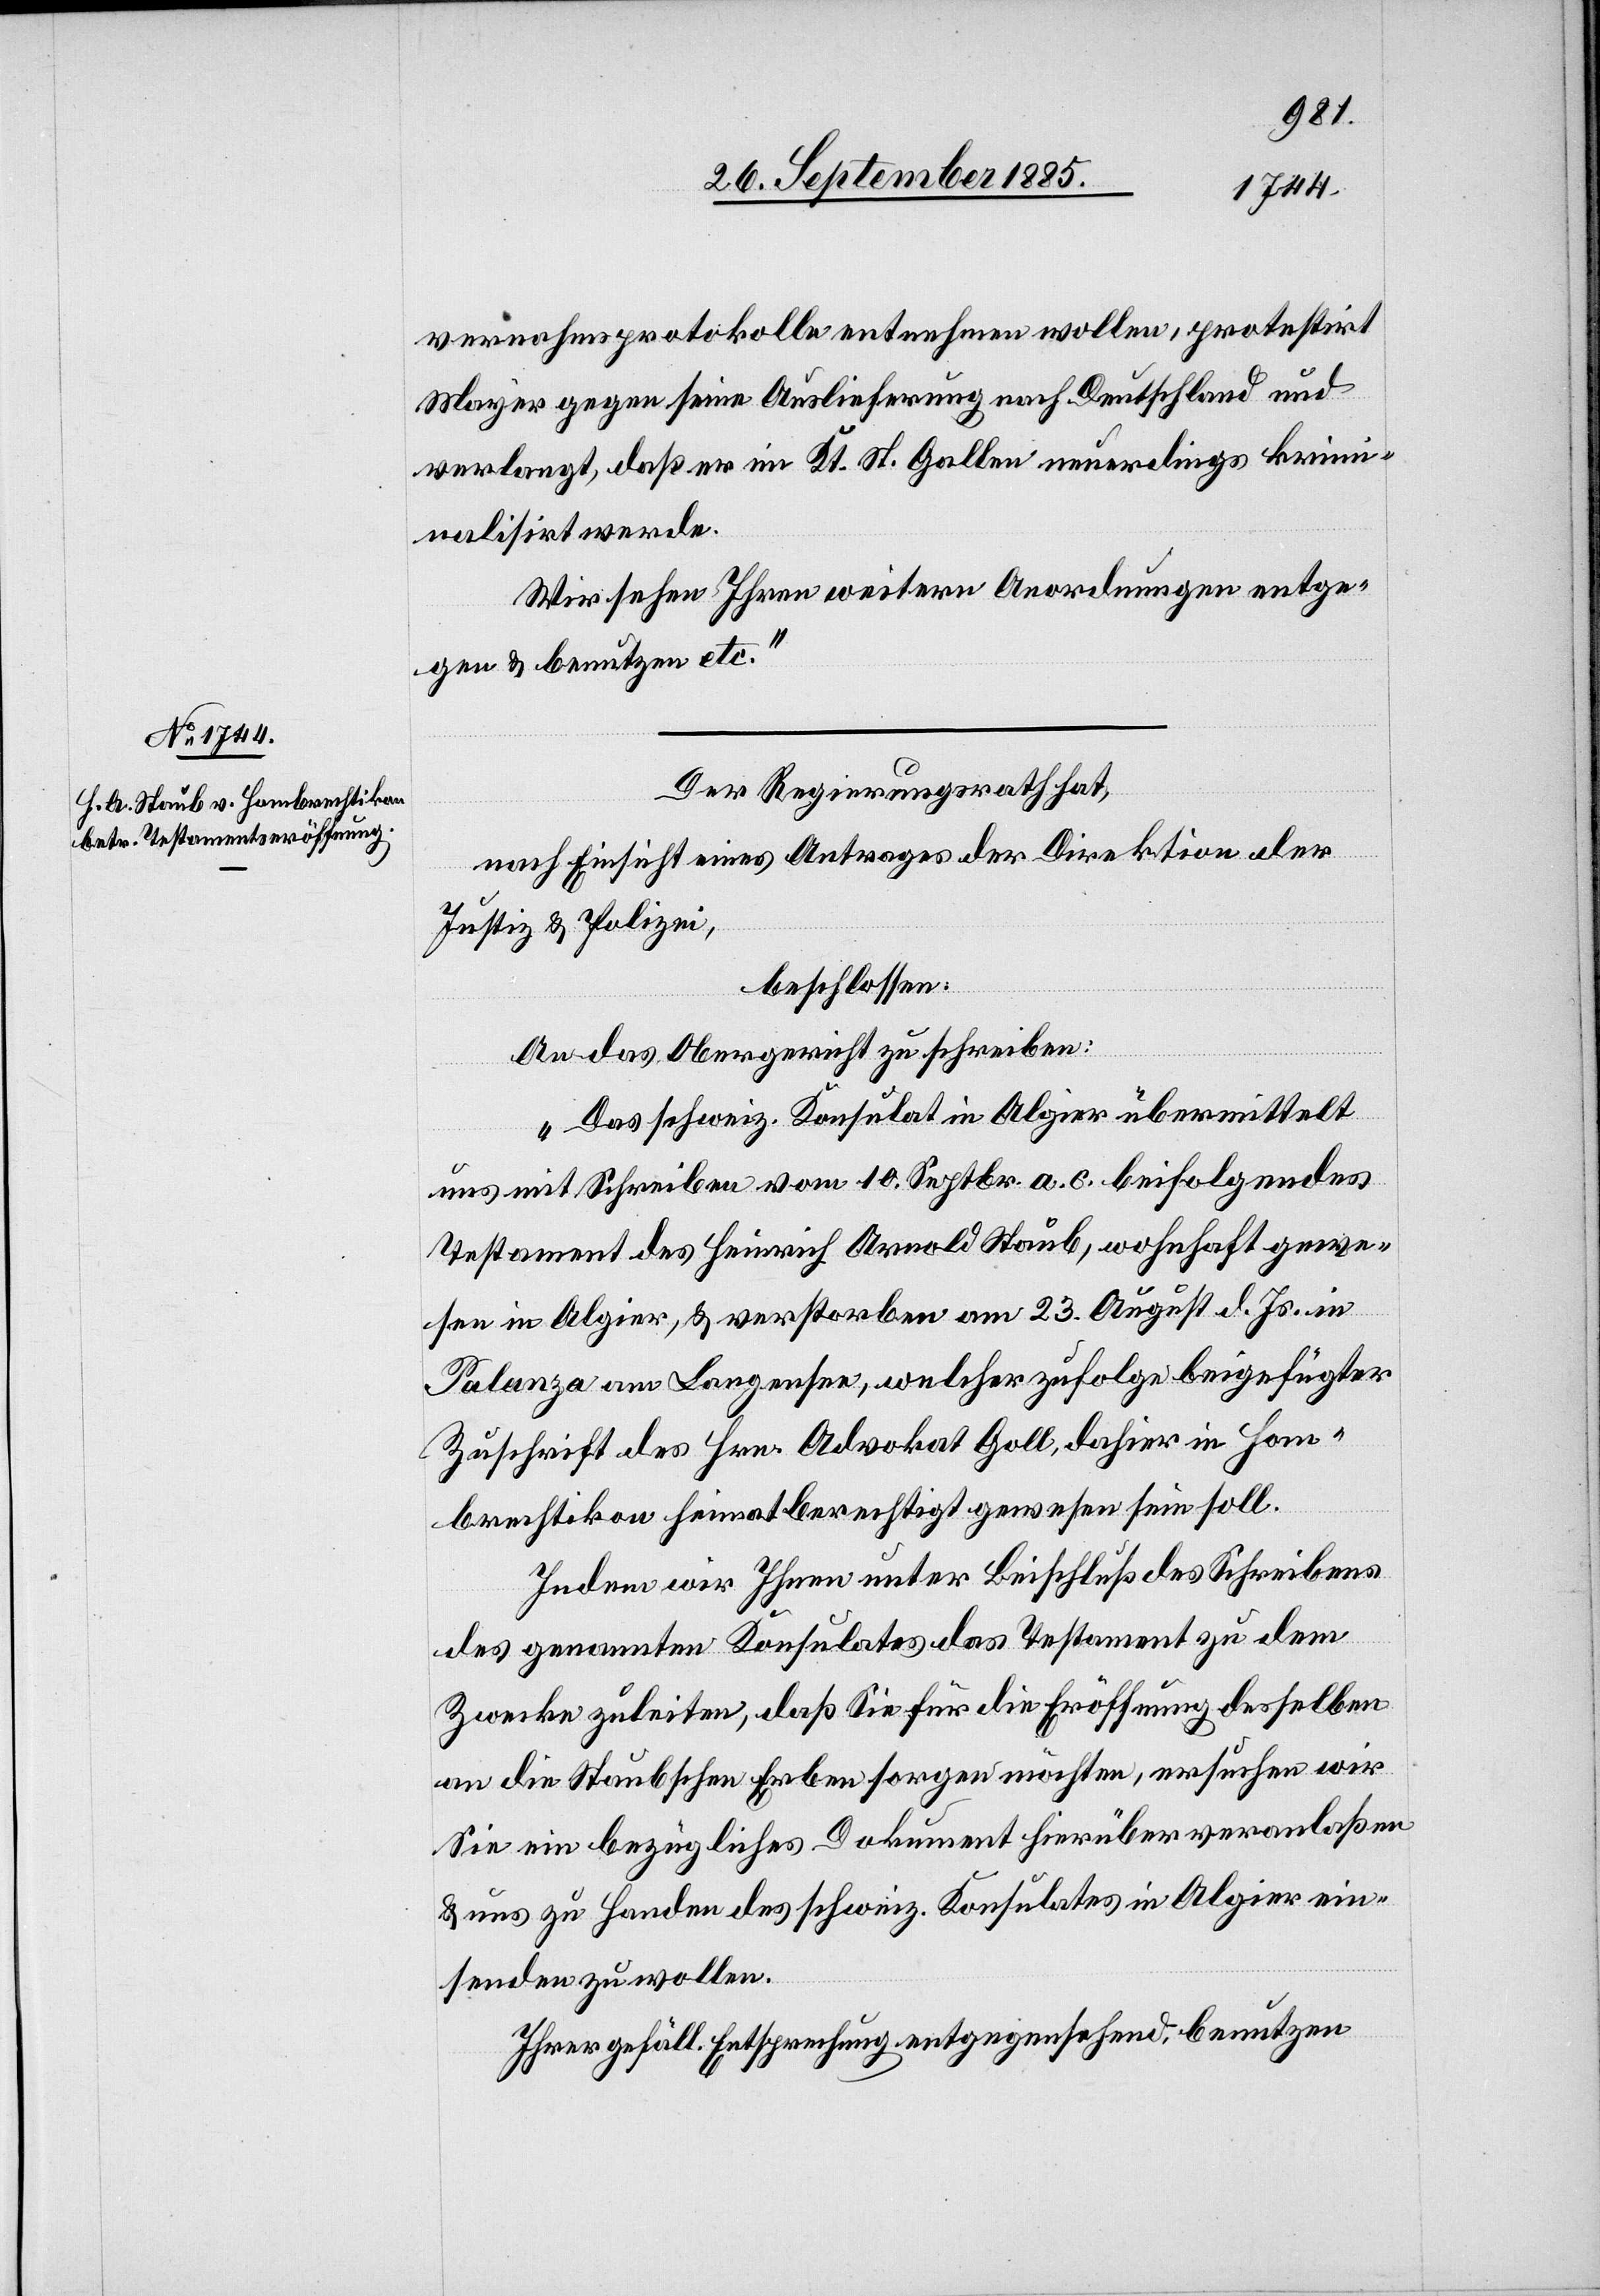
vernahmsprotokolle entnehmen wollen, protestirt
Mayer gegen seine Auslieferung nach Deutschland und
verlangt, daß er im Kt. St. Gallen neuerdings krim¬
inalisirt werde.
Wir sehen Ihren weitern Anordnungen entge¬
gen & benutzen etc.“
Der Regierungsrath hat,
nach Einsicht eines Antrages der Direktion der
Justiz & Polizei,
beschlossen:
An das Obergericht zu schreiben:
„Das schweiz. Konsulat in Algier übermittelt
uns mit Schreiben vom 10. Septbr. a. c. beifolgendes
Testament des Heinrich Arnold Staub, wohnhaft gewe¬
sen in Algier, & verstorben am 23. August d. Js. in
Palanza am Langensee, welcher zufolge beigefügter
Zuschrift des Hrn. Advokat Goll, dahier in Hom¬
brechtikon heimatberechtigt gewesen sein soll.
Indem wir Ihnen unter Beischluß des Schreibens
des genannten Konsulates das Testament zu dem
Zwecke zuleiten, daß Sie für die Eröffnung desselben
an die Staubschen Erben sorgen möchten, ersuchen wir
Sie ein bezügliches Dokument hierüber veranlaßen
& uns zu Handen des schweiz. Konsulates in Algier ein¬
senden zu wollen.
Ihrer gefäll. Entsprechung entgegensehend, benutzen